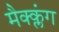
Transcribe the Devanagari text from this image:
मैक्क्लंग